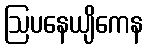
ဩပနေယျိကေန